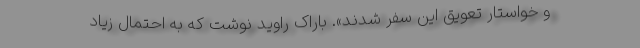
و خواستار تعویق این سفر شدند». باراک راوید نوشت که به احتمال زیاد